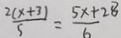
\frac { 2 ( x + 3 ) } { 5 } = \frac { 5 x + 2 8 } { 6 }